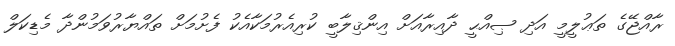
ރާއްޖޭގެ ތަޢުލީމީ އަދި ޞިއްޙީ ދާއިރާއަށް އިންޤިލާބީ ކުރިއެރުމަކާއެކު ފެށުމަށް ތައްޔާރުވަމުންދާ މެޑިކަލް